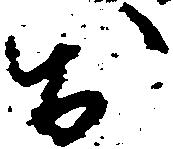
於